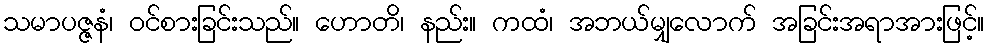
သမာပဇ္ဇနံ၊ ဝင်စားခြင်းသည်။ ဟောတိ၊ နည်း။ ကထံ၊ အဘယ်မျှလောက် အခြင်းအရာအားဖြင့်။